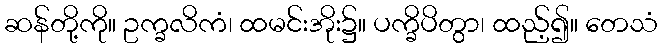
ဆန်တို့ကို။ ဥက္ခလိကံ၊ ထမင်းအိုး၌။ ပက္ခိပိတွာ၊ ထည့်၍။ တေသံ